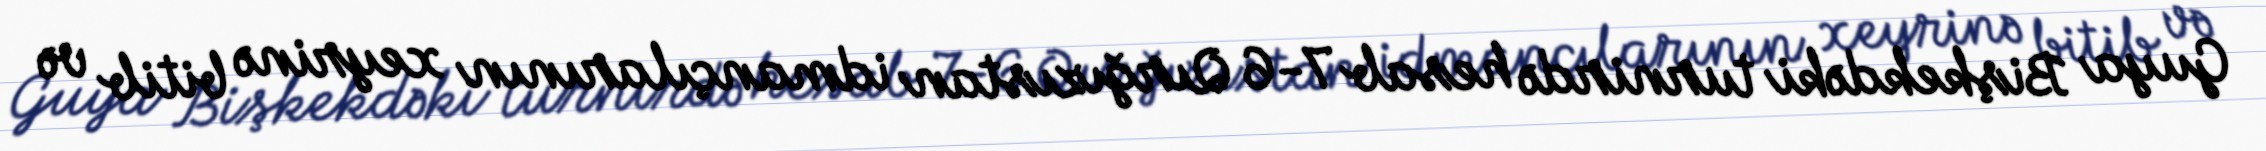
Guya Bişkekdəki turnirdə hesab 7-6 Qırğızıstan idmançılarının xeyrinə bitib və